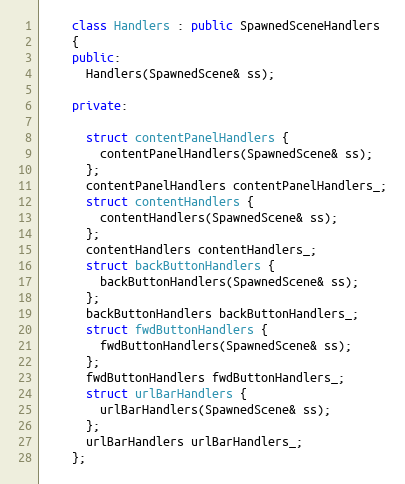
Language: C++
    class Handlers : public SpawnedSceneHandlers
    {
    public:
      Handlers(SpawnedScene& ss);

    private:

      struct contentPanelHandlers {
        contentPanelHandlers(SpawnedScene& ss);
      };
      contentPanelHandlers contentPanelHandlers_;
      struct contentHandlers {
        contentHandlers(SpawnedScene& ss);
      };
      contentHandlers contentHandlers_;
      struct backButtonHandlers {
        backButtonHandlers(SpawnedScene& ss);
      };
      backButtonHandlers backButtonHandlers_;
      struct fwdButtonHandlers {
        fwdButtonHandlers(SpawnedScene& ss);
      };
      fwdButtonHandlers fwdButtonHandlers_;
      struct urlBarHandlers {
        urlBarHandlers(SpawnedScene& ss);
      };
      urlBarHandlers urlBarHandlers_;
    };